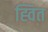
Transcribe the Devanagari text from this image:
ह्वित